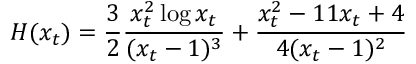
H ( x _ { t } ) = { \frac { 3 } { 2 } } { \frac { x _ { t } ^ { 2 } \log x _ { t } } { ( x _ { t } - 1 ) ^ { 3 } } } + { \frac { x _ { t } ^ { 2 } - 1 1 x _ { t } + 4 } { 4 ( x _ { t } - 1 ) ^ { 2 } } }